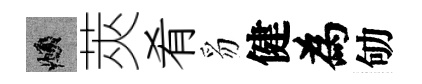
頫莢肴豸健為劬